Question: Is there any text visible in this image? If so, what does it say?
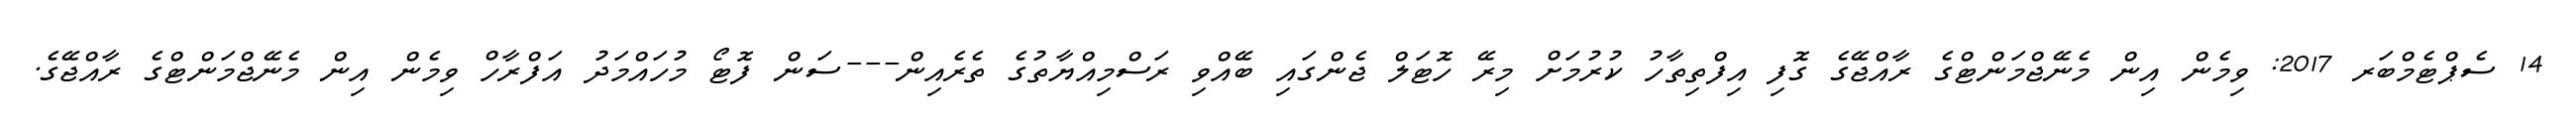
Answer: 14 ސެޕްޓެމްބަރ 2017: ވިމެން އިން މެނޭޖްމަންޓްގެ ރާއްޖޭގެ ގޮފި އިފްތިތާހު ކުރުމަށް މިރޭ ހޮޓަލް ޖެންގައި ބޭއްވި ރަސްމިއްޔާތުގެ ތެރެއިން---ސަން ފޮޓޯ މުހައްމަދު އަފްރާހް ވިމެން އިން މެނޭޖްމަންޓްގެ ރާއްޖޭގެ.